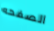
الصفحه